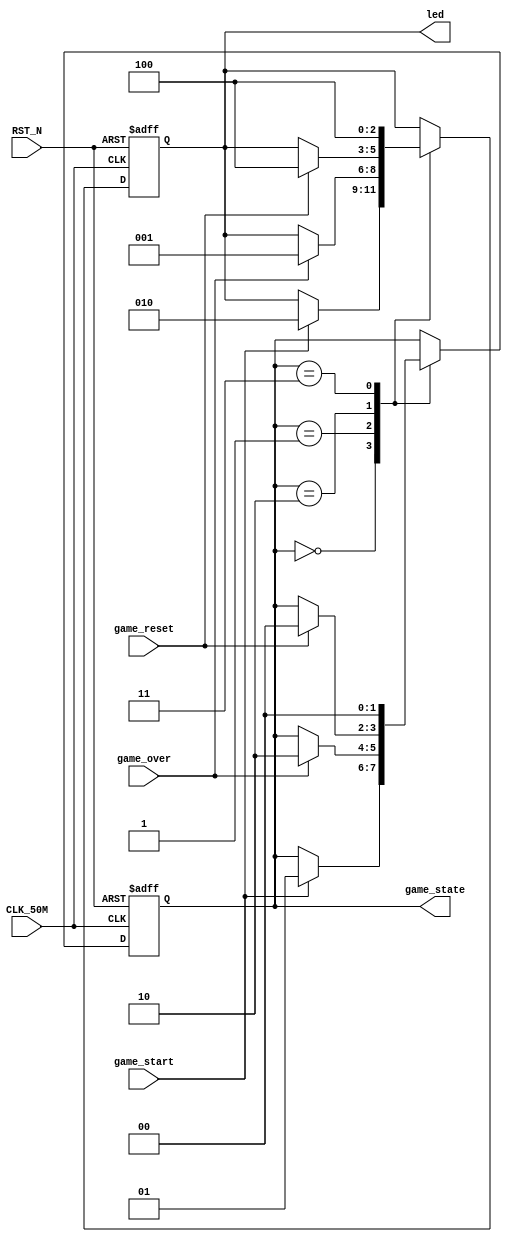
module State_Ctrl
(
	//clk ret_n
	input CLK_50M,
	input RST_N,
	//input that affecs state
	input game_start,
	input game_over,
	input game_reset,
	// game signal
	output reg [1:0] game_state,
	
	//todo test
	output reg [2:0] led
);

	// four state of game
	localparam STATE_START = 2'b00;
	localparam STATE_PLAY = 2'b01;
	localparam STATE_OVER = 2'b10;
	
	//adder 
	reg [31:0] clk_cnt;
	
	always@(posedge CLK_50M or negedge RST_N)
	begin
		if(!RST_N)
			begin
				game_state <= STATE_START;
				led <= 3'b100;
				clk_cnt <= 0;
			end
		else
			begin
				//state change
				case(game_state)
					STATE_START:
						begin
							if(game_start)
								begin
									game_state <= STATE_PLAY;
									led <= 3'b010;
								end
						end
					STATE_PLAY:
						begin
							if(game_over)
								begin
									game_state <= STATE_OVER;
									led <= 3'b001;
								end
						end
					STATE_OVER:
						begin
							if(game_reset)
								begin
									game_state <= STATE_START;
									led <= 3'b100;
								end
						end
					2'b11:
						begin
							game_state <= STATE_START;
							led <= 3'b100;
						end
					endcase
			end
	end
	
endmodule